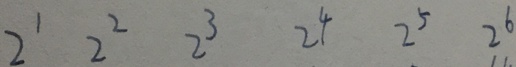
2 ^ { 1 } 2 ^ { 2 } 2 ^ { 3 } 2 ^ { 4 } 2 ^ { 5 } 2 ^ { 6 }